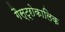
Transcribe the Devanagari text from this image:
गैस्ट्रोकालिक